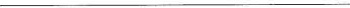
________________________